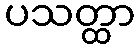
ပသတ္ထာ